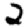
Digit: 2